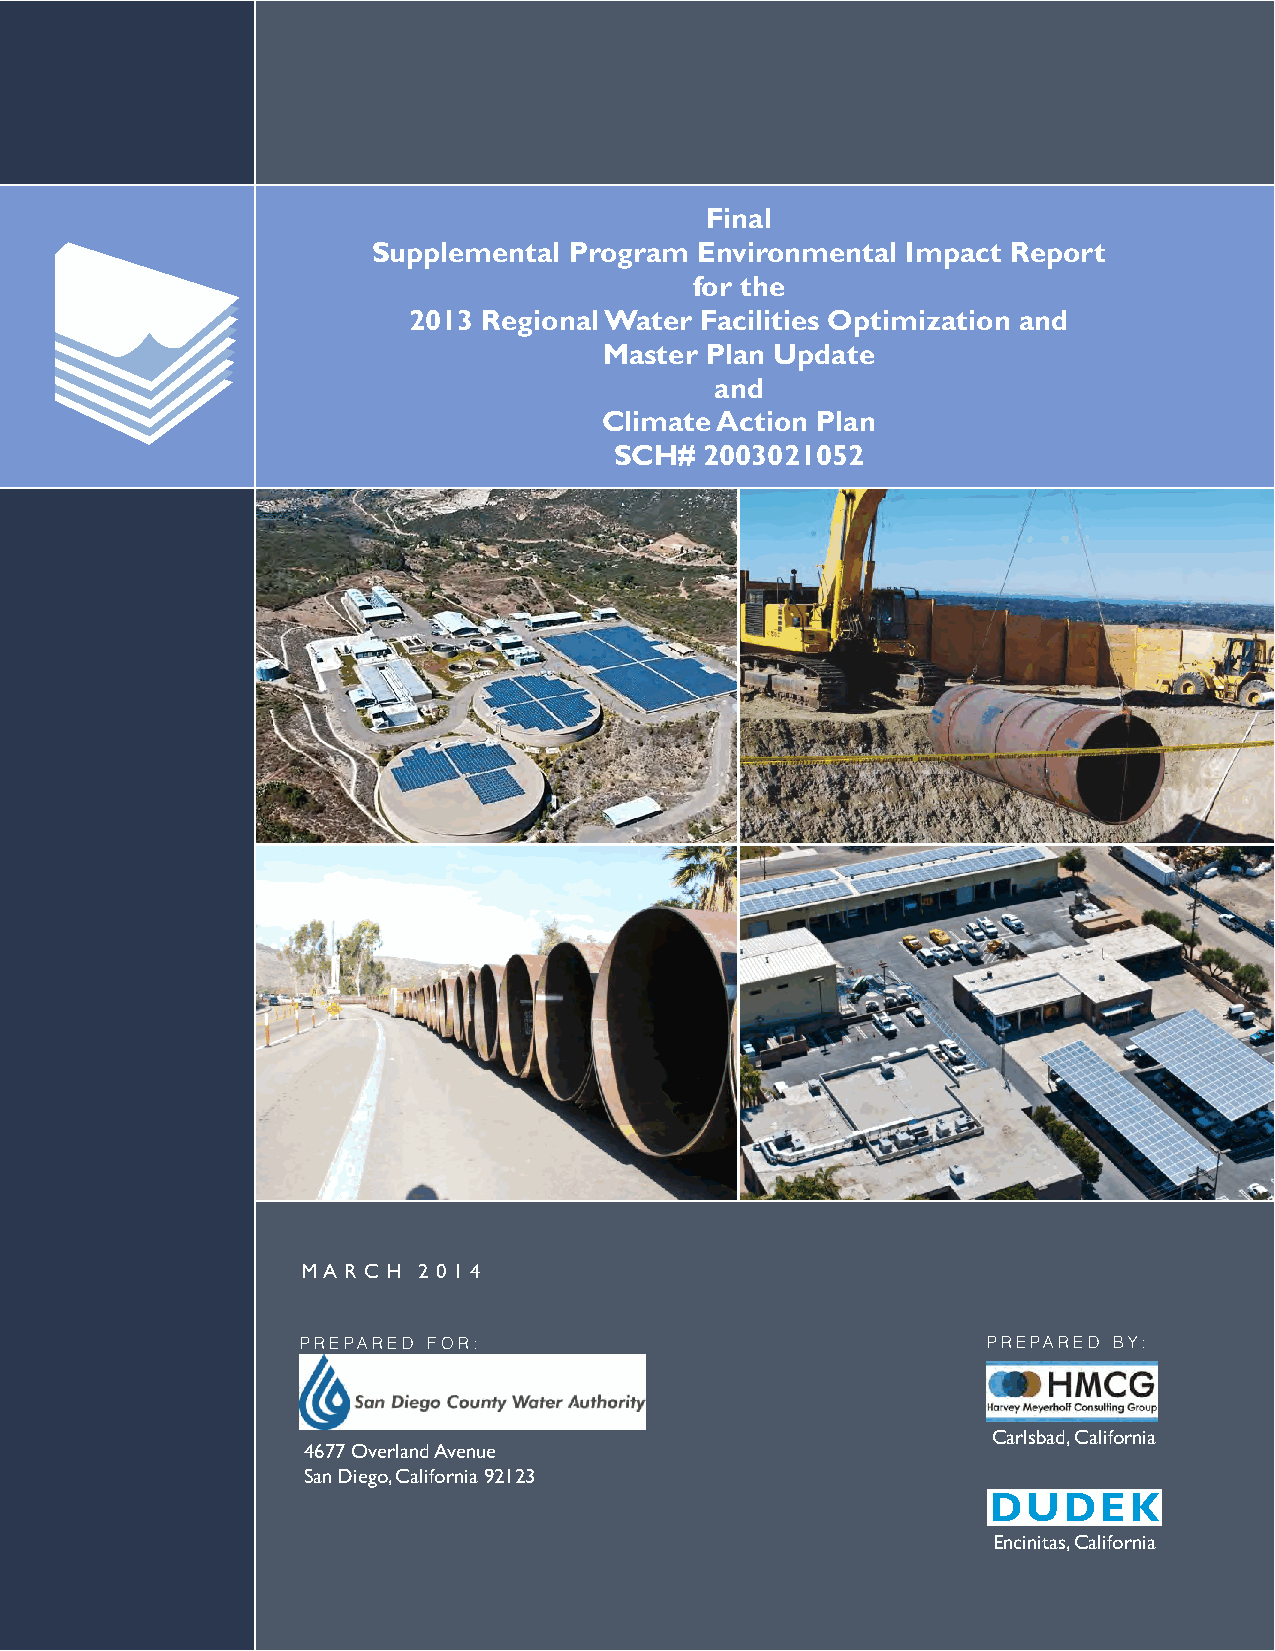
Final
 Supplemental Program Environmental Impact Report
 for the
 2013 Regional Water Facilities Optimization and
 Master Plan Update
 and
 Climate Action Plan
 SCH#  2003021052
 M A R C H 2 0 1 4
 PREPARED FOR:                                PREPARED BY:
 Carlsbad, California
 4677 Overland Avenue
 San Diego, California 92123
 Encinitas, California